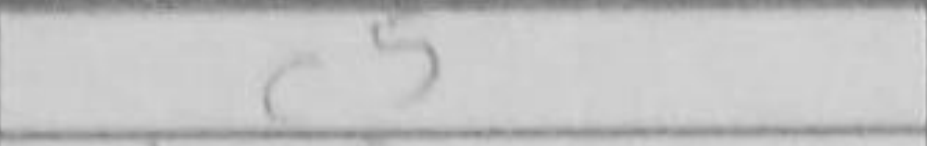
Transcription: c5